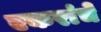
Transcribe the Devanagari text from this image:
एकरांचे